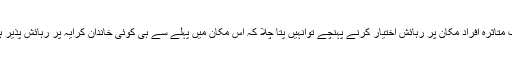
جب متاثرہ افراد مکان پر رہائش اختیار کرنے پہنچے تواُنہیں پتا چلا کہ اس مکان میں پہلے سے ہی کوئی خاندان کرایہ پر رہائش پذیر ہے۔